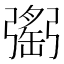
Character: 𢐥